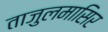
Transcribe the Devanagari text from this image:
ताजुलमासिर